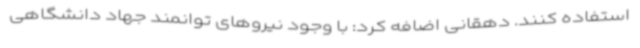
استفاده کنند. دهقانی اضافه کرد: با وجود نیروهای توانمند جهاد دانشگاهی